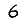
Digit: 6